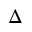
\Delta